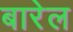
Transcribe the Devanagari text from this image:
बारेल